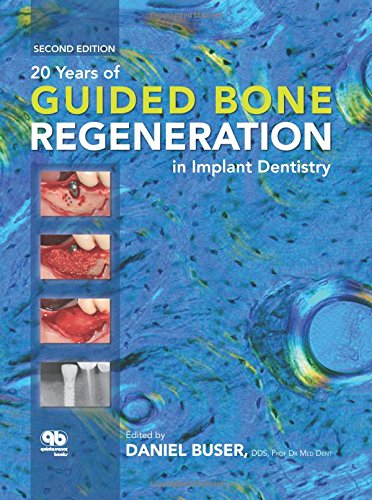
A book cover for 20 Years of Guided Bone Regeneration in Implant Denistry; Daniel Buser; Medical Books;